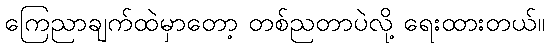
ကြေညာချက်ထဲမှာတော့ တစ်ညတာပဲလို့ ရေးထားတယ်။